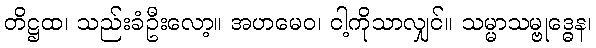
တိဋ္ဌထ၊ သည်းခံဦးလော့။ အဟမေဝ၊ ငါ့ကိုသာလျှင်။ သမ္မာသမ္ဗုဒ္ဓေန၊